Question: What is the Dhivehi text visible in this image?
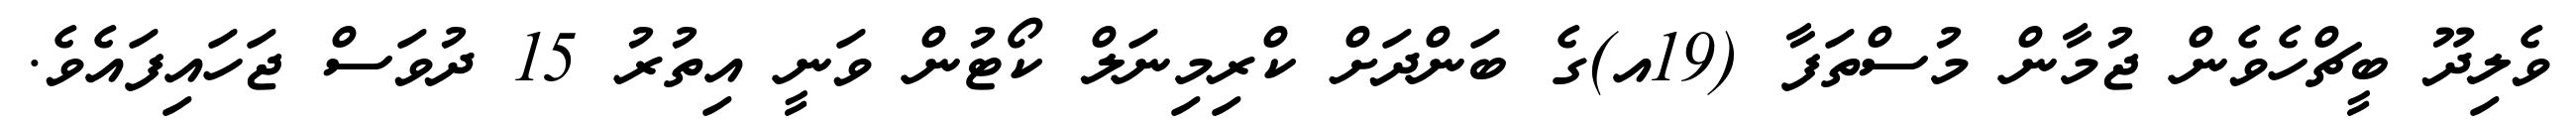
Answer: ވެލިދޫ ބީޗްހެވެން ޖުމާން މުސްތަފާ (19އ)ގެ ބަންދަށް ކްރިމިނަލް ކޯޓުން ވަނީ އިތުރު 15 ދުވަސް ޖަހައިފައެވެ.